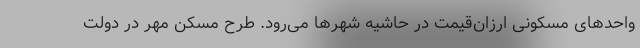
واحدهای مسکونی ارزان‌قیمت در حاشیه شهرها می‌رود. طرح مسکن مهر در دولت